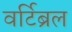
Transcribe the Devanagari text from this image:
वर्टिब्रल